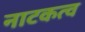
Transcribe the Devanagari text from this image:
नाटकत्व